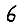
Digit: 6